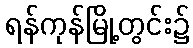
ရန်ကုန်မြို့တွင်း၌